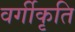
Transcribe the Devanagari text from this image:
वर्गीकृति